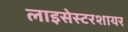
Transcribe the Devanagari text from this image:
लाइसेस्टरशायर